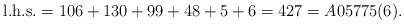
\begin{gather*}{\rm l.h.s.} =106+130+99+48+5+6 =427 =A05775(6).\end{gather*}